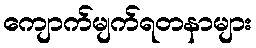
ကျောက်မျက်ရတနာများ